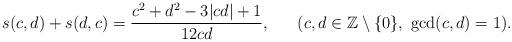
LaTeX: \begin{align*}s(c,d)+s(d,c) ={c^2+d^2-3\vert cd\vert +1\over 12cd},\ \ \ \ \ (c,d\in {\mathbb Z}\setminus\{0\},\ \gcd(c,d)=1).\end{align*}